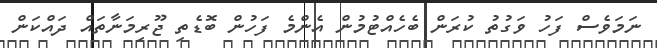
ނަމަވެސް ފަހު ވަގުތު ކުރަން ބެހެއްޓުމުން އެންމެ ފަހުން ބޮޑެތި ޖޫރިމަނާތައް ދައްކަން